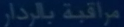
مراجعه بالردا